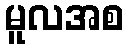
မူလအစ